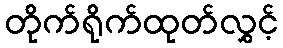
တိုက်ရိုက်ထုတ်လွှင့်